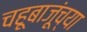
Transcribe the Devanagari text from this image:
चहूबाजूंच्या